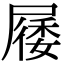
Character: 㞜